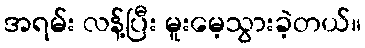
အရမ်း လန့်ပြီး မူးမေ့သွားခဲ့တယ်။